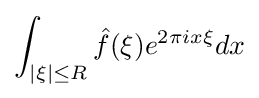
\int _{|\xi |\leq R}{\hat {f}}(\xi )e^{2\pi ix\xi }dx